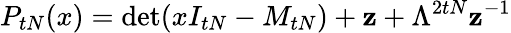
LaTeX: P_{tN}(x)=\operatorname*{det}(xI_{tN}-M_{tN})+\mathbf{z}+\Lambda^{2tN}\mathbf{z}^{-1}